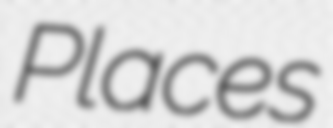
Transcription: Places